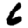
Digit: 6